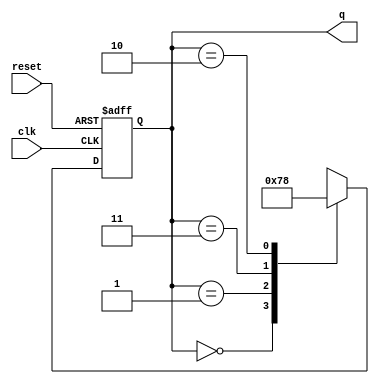
module dual_stage_johnson_counter (
    input wire clk,      // Clock signal
    input wire reset,    // Asynchronous reset signal
    output reg [1:0] q   // 2-bit output representing the counter state
);

// State transition based on the current state and feedback
always @(posedge clk or posedge reset) begin
    if (reset) begin
        // Initialize the counter to state 00
        q <= 2'b00;
    end else begin
        // The feedback mechanism for the Johnson counter
        case (q)
            2'b00: q <= 2'b01; // State 0 to State 1
            2'b01: q <= 2'b11; // State 1 to State 2
            2'b11: q <= 2'b10; // State 2 to State 3
            2'b10: q <= 2'b00; // State 3 to State 0
            default: q <= 2'b00; // Default case (should not occur)
        endcase
    end
end

endmodule